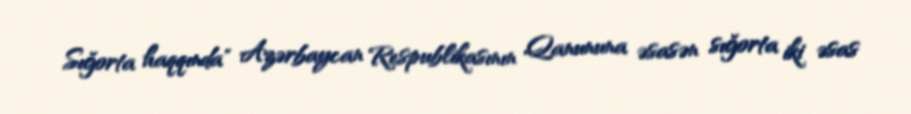
Sığorta haqqında" Azərbaycan Respublikasının Qanununa əsasən sığorta iki əsas